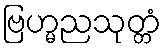
ဗြဟ္မညသုတ္တံ